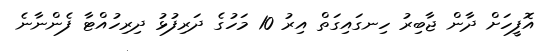
އޮފީހަށް ދާން ޖާބިރު ހިނގައިގަތް އިރު 10 މަހުގެ ދަރިފުޅު ދިރިހުއްޓާ ފެންނާނެ